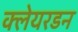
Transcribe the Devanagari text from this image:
क्लेयरडन